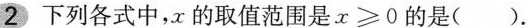
2 下列各式中，x的取值范围是$$x\geqslant 0$$的是()。